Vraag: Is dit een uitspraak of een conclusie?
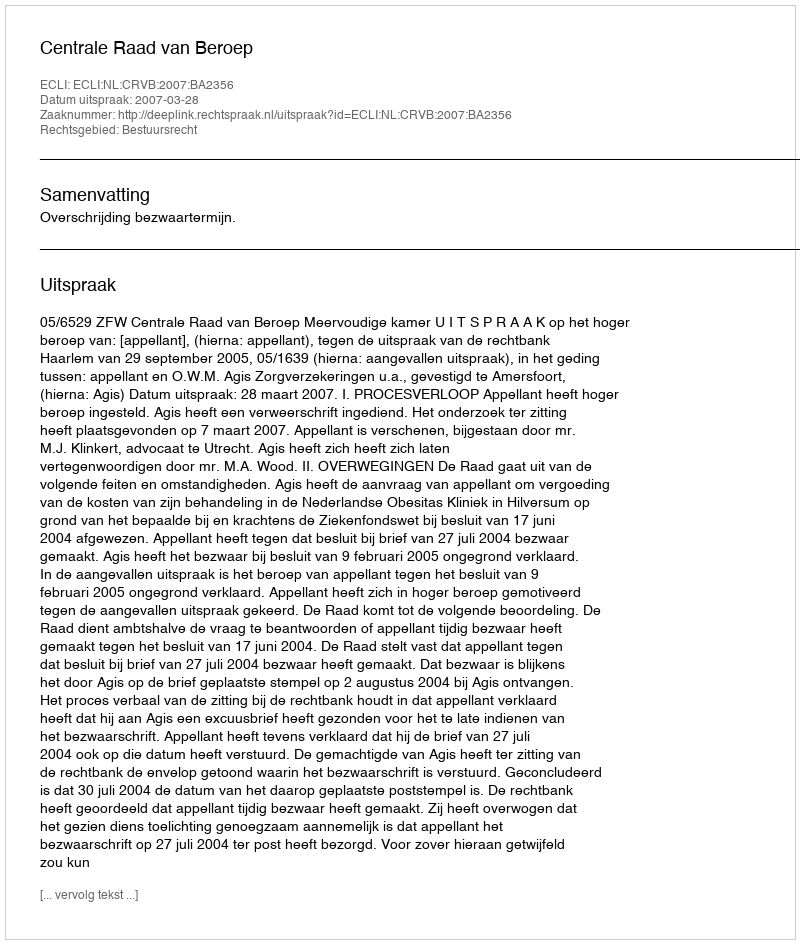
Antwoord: Uitspraak